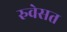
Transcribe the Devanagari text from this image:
रुवेसत